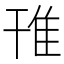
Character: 䧲